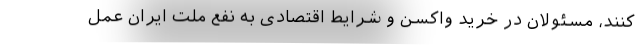
‌کنند، مسئولان در خرید واکسن و شرایط اقتصادی به نفع ملت ایران عمل